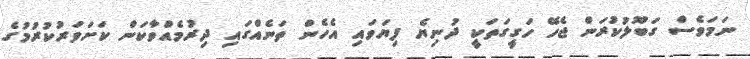
ނަމަވެސް ގަބޫލުކުރަން ޖެހޭ ހަގީގަތަކީ ދުނިޔެ ފިޔަވައި އެހެން ތަނެއްގައި ދިރުމެއްވާކަން ކަށަވަރުކުރުމުގެ